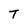
Character: T